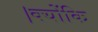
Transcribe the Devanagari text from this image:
।क्योंकि